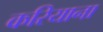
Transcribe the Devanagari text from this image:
करियाना